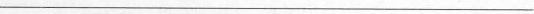
___